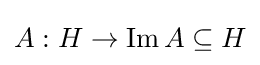
A:H\to \operatorname {Im} A\subseteq H